画像に写った文字を読んでください
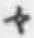
「々」と書いてあります